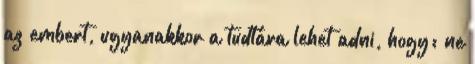
az embert, ugyanakkor a tudtára lehet adni, hogy: ne